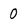
Character: 0